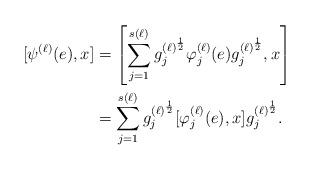
LaTeX: \begin{align*}[\psi^{(\ell)}(e),x] &= \left[ \sum_{j=1}^{s(\ell)} g_j^{(\ell)^{\frac{1}{2}}} \varphi_j^{(\ell)}(e) g_j^{(\ell)^{\frac{1}{2} }}, x \right] \\&= \sum_{j=1}^{s(\ell)} g_j^{(\ell)^{\frac{1}{2} }} [ \varphi_j^{(\ell)}(e), x] g_j^{(\ell)^{\frac{1}{2} }}.\end{align*}